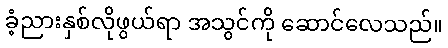
ခံ့ညားနှစ်လိုဖွယ်ရာ အသွင်ကို ဆောင်လေသည်။